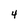
Character: 4